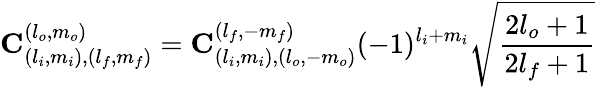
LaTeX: \mathbf{C}_{(l_{i},m_{i}),(l_{f},m_{f})}^{(l_{o},m_{o})}=\mathbf{C}_{(l_{i},m_{i}),(l_{o},-m_{o})}^{(l_{f},-m_{f})}(-1)^{l_{i}+m_{i}}\sqrt{\frac{2l_{o}+1}{2l_{f}+1}}